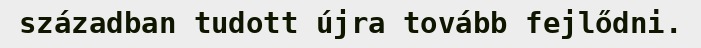
században tudott újra tovább fejlődni.